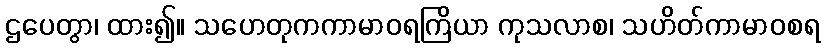
ဌပေတွာ၊ ထား၍။ သဟေတုကကာမာဝရကြိယာ ကုသလာစ၊ သဟိတ်ကာမာဝစရ